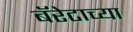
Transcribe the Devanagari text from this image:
बॅरेटाच्या